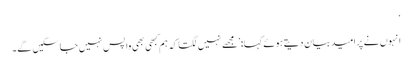
‘
انہوں نے پرامید بیان دیتے ہوئے کہا: ’مجھے نہیں لگتا کہ ہم کبھی بھی واپس نہیں جا سکیں گے۔